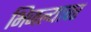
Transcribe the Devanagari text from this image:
भिजल्यावर